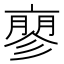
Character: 𬽚